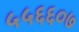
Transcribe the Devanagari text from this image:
५५६६०७